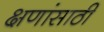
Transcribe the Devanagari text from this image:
क्षणांसाठी